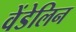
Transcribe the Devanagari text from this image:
वेंडेलिन